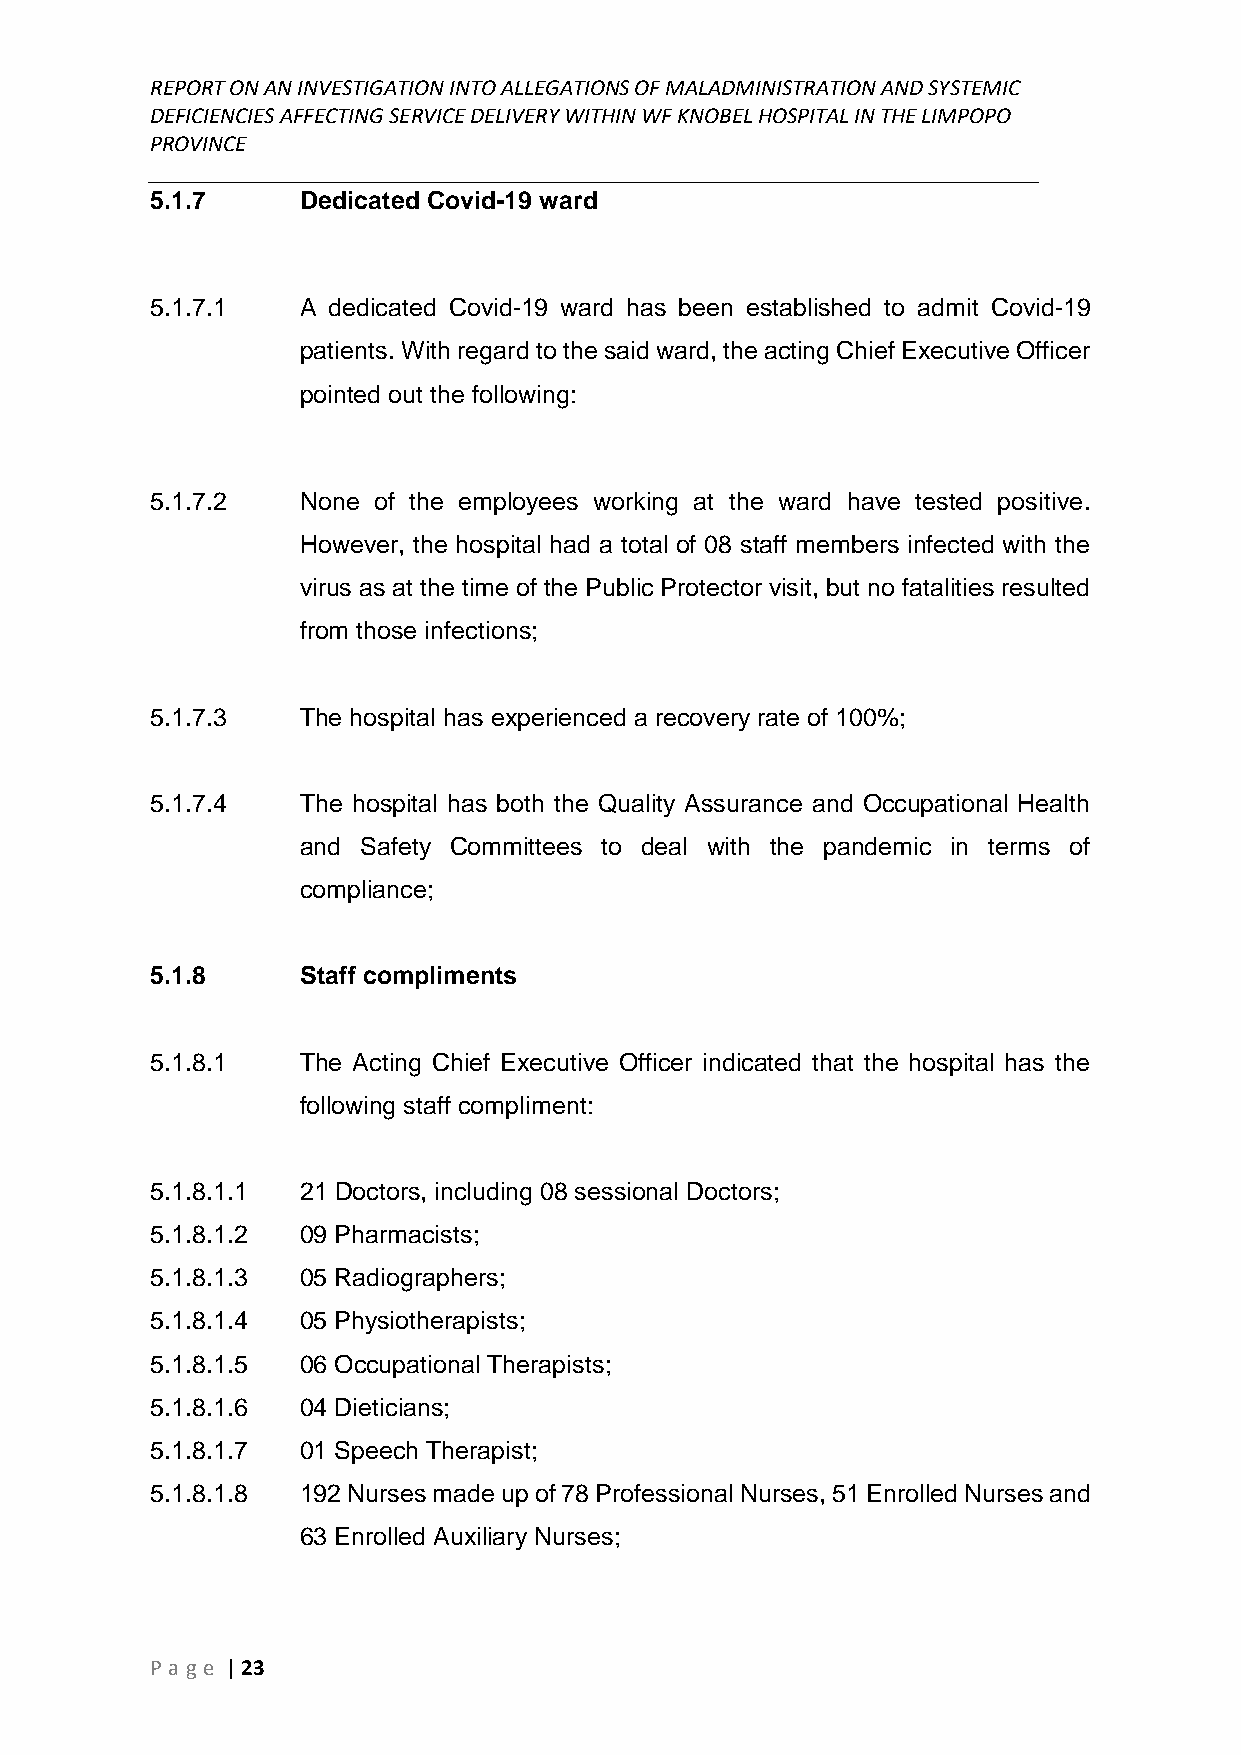
REPORT ON AN INVESTIGATION INTO ALLEGATIONS OF MALADMINISTRATION AND SYSTEMIC
 DEFICIENCIES AFFECTING SERVICE DELIVERY WITHIN WF KNOBEL HOSPITAL IN THE LIMPOPO
 PROVINCE
 ______________________________________________________________________________
 5.1.7     Dedicated Covid-19 ward
 5.1.7.1   A dedicated Covid-19 ward has been established to admit Covid-19
 patients. With regard to the said ward, the acting Chief Executive Officer
 pointed out the following:
 5.1.7.2   None of the employees working at the ward have tested positive.
 However, the hospital had a total of 08 staff members infected with the
 virus as at the time of the Public Protector visit, but no fatalities resulted
 from those infections;
 5.1.7.3   The hospital has experienced a recovery rate of 100%;
 5.1.7.4   The hospital has both the Quality Assurance and Occupational Health
 and Safety Committees to deal with the pandemic in terms of
 compliance;
 5.1.8     Staff compliments
 5.1.8.1   The Acting Chief Executive Officer indicated that the hospital has the
 following staff compliment:
 5.1.8.1.1 21 Doctors, including 08 sessional Doctors;
 5.1.8.1.2 09 Pharmacists;
 5.1.8.1.3 05 Radiographers;
 5.1.8.1.4 05 Physiotherapists;
 5.1.8.1.5 06 Occupational Therapists;
 5.1.8.1.6 04 Dieticians;
 5.1.8.1.7 01 Speech Therapist;
 5.1.8.1.8 192 Nurses made up of 78 Professional Nurses, 51 Enrolled Nurses and
 63 Enrolled Auxiliary Nurses;
 P age | 23